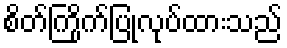
စိတ်ကြိုက်ပြုလုပ်ထားသည်